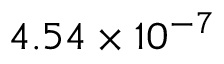
4 . 5 4 \times 1 0 ^ { - 7 }